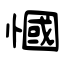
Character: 慖